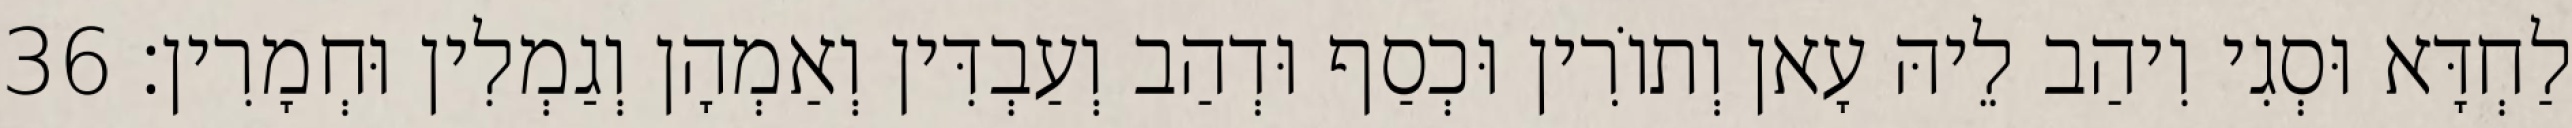
לַחְדָּא וּסְגִי וִיהַב לֵיהּ עָאן וְתוֹרִין וּכְסַף וּדְהַב וְעַבְדִּין וְאַמְהָן וְגַמְלִין וּחְמָרִין׃ 36